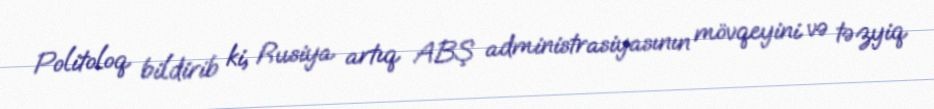
Politoloq bildirib ki, Rusiya artıq ABŞ administrasiyasının mövqeyini və təzyiq